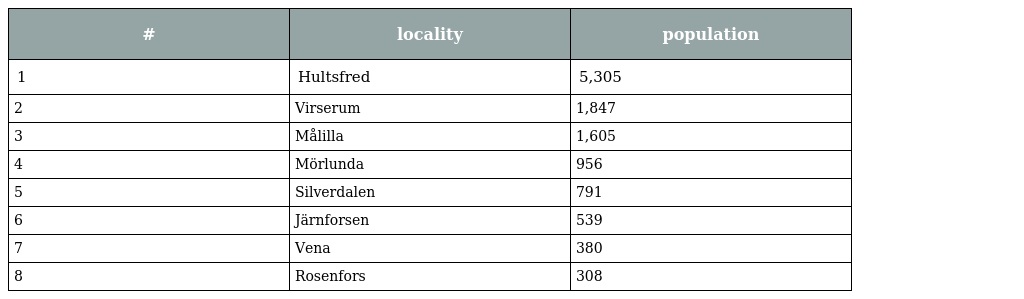
| # | locality | population |
 | --- | --- | --- |
 | 1 | Hultsfred | 5,305 |
 | 2 | Virserum | 1,847 |
 | 3 | Målilla | 1,605 |
 | 4 | Mörlunda | 956 |
 | 5 | Silverdalen | 791 |
 | 6 | Järnforsen | 539 |
 | 7 | Vena | 380 |
 | 8 | Rosenfors | 308 |